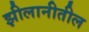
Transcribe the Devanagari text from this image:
झीलानीतील